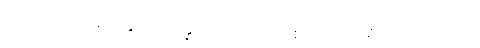
ဤကုသိုလ်အစုတို့နှင့်။ သမန္နာဂတဿ၊ ပြည့်စုံသော။ အရိယသာဝကဿ၊